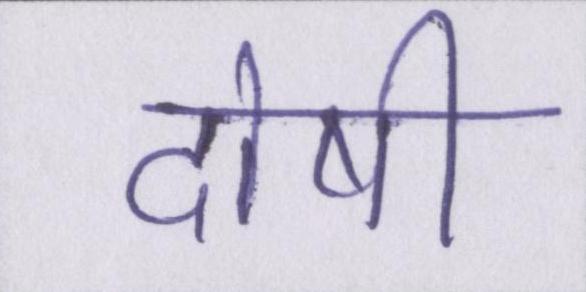
दोषी